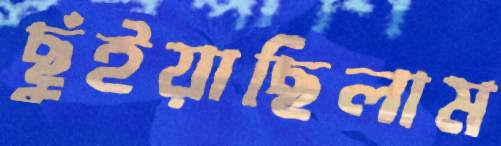
ছুঁইয়াছিলাম